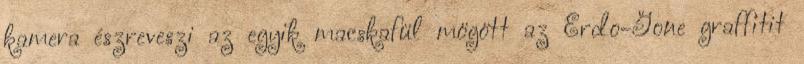
kamera észreveszi az egyik macskafül mögött az Erdo-Gone graffitit